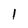
Character: l